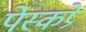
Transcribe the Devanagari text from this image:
पेस्कप्रे